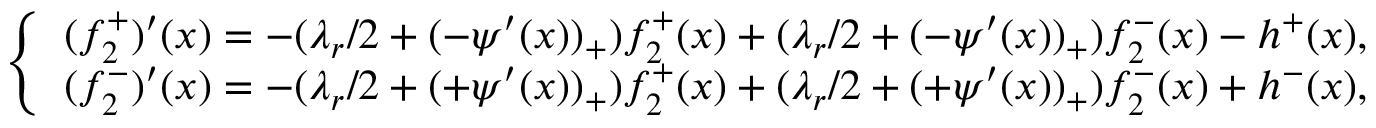
\left\{ \begin{array} { l l } { ( f _ { 2 } ^ { + } ) ^ { \prime } ( x ) = - ( \lambda _ { r } / 2 + ( - \psi ^ { \prime } ( x ) ) _ { + } ) f _ { 2 } ^ { + } ( x ) + ( \lambda _ { r } / 2 + ( - \psi ^ { \prime } ( x ) ) _ { + } ) f _ { 2 } ^ { - } ( x ) - h ^ { + } ( x ) , } \\ { ( f _ { 2 } ^ { - } ) ^ { \prime } ( x ) = - ( \lambda _ { r } / 2 + ( + \psi ^ { \prime } ( x ) ) _ { + } ) f _ { 2 } ^ { + } ( x ) + ( \lambda _ { r } / 2 + ( + \psi ^ { \prime } ( x ) ) _ { + } ) f _ { 2 } ^ { - } ( x ) + h ^ { - } ( x ) , } \end{array} \right.